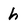
Character: h